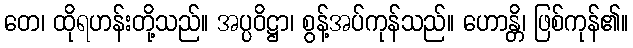
တေ၊ ထိုရဟန်းတို့သည်။ အပ္ပဝိဋ္ဌာ၊ စွန့်အပ်ကုန်သည်။ ဟောန္တိ၊ ဖြစ်ကုန်၏။